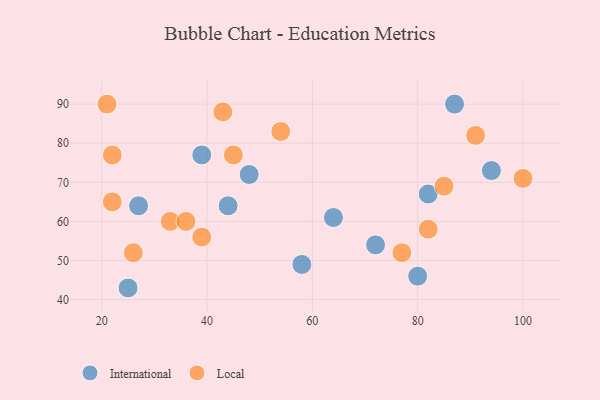
{"axis": {"x": "GDP", "y": "Life Expectancy"}, "legend": ["International", "Local"], "data": [{"x": "72", "y": 54, "type": "International"}, {"x": "87", "y": 90, "type": "International"}, {"x": "39", "y": 77, "type": "International"}, {"x": "82", "y": 67, "type": "International"}, {"x": "58", "y": 49, "type": "International"}, {"x": "27", "y": 64, "type": "International"}, {"x": "25", "y": 43, "type": "International"}, {"x": "64", "y": 61, "type": "International"}, {"x": "44", "y": 64, "type": "International"}, {"x": "80", "y": 46, "type": "International"}, {"x": "48", "y": 72, "type": "International"}, {"x": "94", "y": 73, "type": "International"}, {"x": "82", "y": 58, "type": "Local"}, {"x": "100", "y": 71, "type": "Local"}, {"x": "91", "y": 82, "type": "Local"}, {"x": "77", "y": 52, "type": "Local"}, {"x": "26", "y": 52, "type": "Local"}, {"x": "21", "y": 90, "type": "Local"}, {"x": "39", "y": 56, "type": "Local"}, {"x": "85", "y": 69, "type": "Local"}, {"x": "43", "y": 88, "type": "Local"}, {"x": "22", "y": 77, "type": "Local"}, {"x": "33", "y": 60, "type": "Local"}, {"x": "54", "y": 83, "type": "Local"}, {"x": "45", "y": 77, "type": "Local"}, {"x": "36", "y": 60, "type": "Local"}, {"x": "22", "y": 65, "type": "Local"}]}